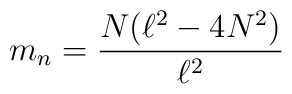
m_{n}=\frac{N(\ell ^{2}-4N^{2})}{\ell ^{2}}